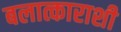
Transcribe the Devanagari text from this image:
बलात्काराशी